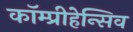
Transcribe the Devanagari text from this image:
कॉम्प्रीहेन्सिव